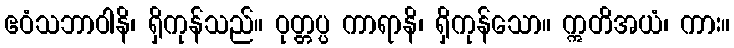
ဧဝံသဘာဝါနိ၊ ရှိကုန်သည်။ ဝုတ္တပ္ပ ကာရာနိ၊ ရှိကုန်သော။ ဣတိအယံ၊ ကား။